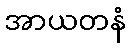
အာယတနံ